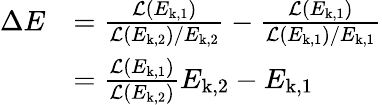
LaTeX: \begin{array}{rl}{\Delta E}&{=\frac{\mathcal{L}\left(E_{\mathrm{k},1}\right)}{\mathcal{L}\left(E_{\mathrm{k},2}\right)/E_{\mathrm{k},2}}-\frac{\mathcal{L}\left(E_{\mathrm{k},1}\right)}{\mathcal{L}\left(E_{\mathrm{k},1}\right)/E_{\mathrm{k},1}}}\\ &{=\frac{\mathcal{L}\left(E_{\mathrm{k},1}\right)}{\mathcal{L}\left(E_{\mathrm{k},2}\right)}E_{\mathrm{k},2}-E_{\mathrm{k},1}}\end{array}